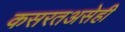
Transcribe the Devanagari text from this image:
कसरतअसेही